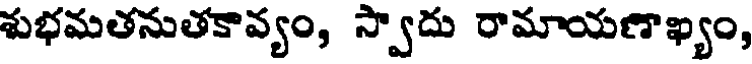
శుభమతనుతకావ్యం, స్వాదు రామాయణాఖ్యం,